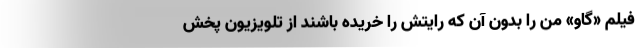
فیلم «گاو» من را بدون آن که رایتش را خریده باشند از تلویزیون پخش